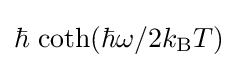
\hbar \,\coth(\hbar \omega /2k_{\text{B}}T)